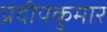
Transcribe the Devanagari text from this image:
प्रदीपकुमार